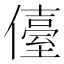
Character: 儓